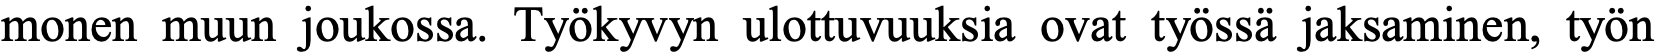
monen muun joukossa. Työkyvyn ulottuvuuksia ovat työssä jaksaminen, työn